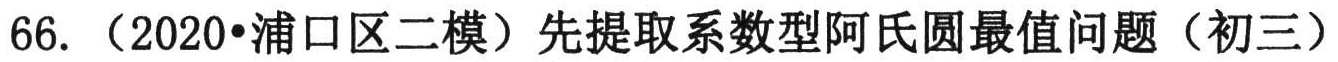
66. （2020•浦口区二模）先提取系数型阿氏圆最值问题（初三）